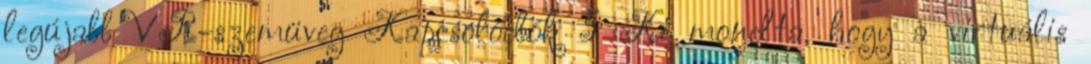
legújabb VR-szemüveg Kapcsolódók 5 Ki mondta, hogy a virtuális